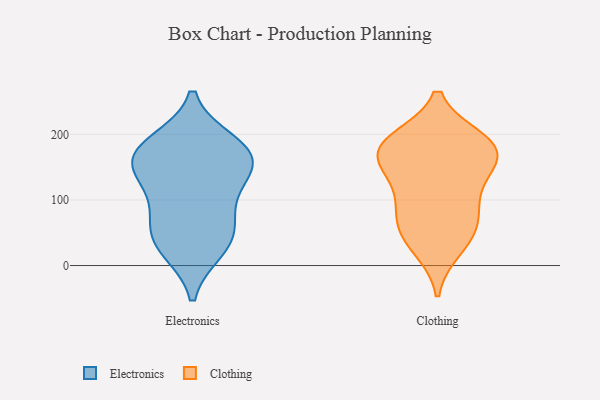
{"axis": {"x": "Operating Costs (USD K)", "y": "Value"}, "legend": ["Clothing", "Electronics"], "data": [{"x": "", "y": 161, "type": "Electronics"}, {"x": "", "y": 137, "type": "Electronics"}, {"x": "", "y": 26, "type": "Electronics"}, {"x": "", "y": 186, "type": "Electronics"}, {"x": "", "y": 153, "type": "Electronics"}, {"x": "", "y": 47, "type": "Electronics"}, {"x": "", "y": 74, "type": "Electronics"}, {"x": "", "y": 168, "type": "Electronics"}, {"x": "", "y": 178, "type": "Electronics"}, {"x": "", "y": 36, "type": "Electronics"}, {"x": "", "y": 105, "type": "Electronics"}, {"x": "", "y": 84, "type": "Clothing"}, {"x": "", "y": 56, "type": "Clothing"}, {"x": "", "y": 178, "type": "Clothing"}, {"x": "", "y": 181, "type": "Clothing"}, {"x": "", "y": 120, "type": "Clothing"}, {"x": "", "y": 86, "type": "Clothing"}, {"x": "", "y": 147, "type": "Clothing"}, {"x": "", "y": 190, "type": "Clothing"}, {"x": "", "y": 28, "type": "Clothing"}, {"x": "", "y": 179, "type": "Clothing"}, {"x": "", "y": 154, "type": "Clothing"}, {"x": "", "y": 45, "type": "Clothing"}, {"x": "", "y": 184, "type": "Clothing"}]}